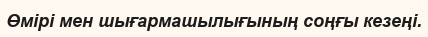
Өмірі мен шығармашылығының соңғы кезеңі.